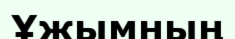
Ұжымның